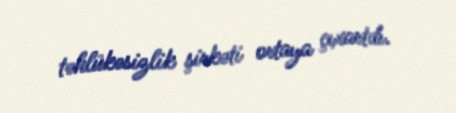
təhlükəsizlik şirkəti ortaya çıxartdı.